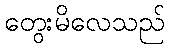
တွေးမိလေသည်